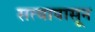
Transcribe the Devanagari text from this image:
सत्यापासून